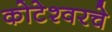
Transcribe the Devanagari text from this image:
कोटेश्वरचे